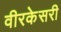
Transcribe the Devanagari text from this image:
वीरकेसरी